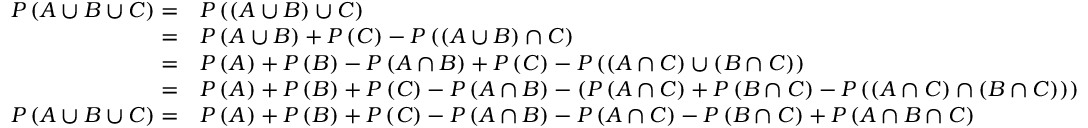
{ \begin{array} { r l } { P \left( A \cup B \cup C \right) = } & { P \left( \left( A \cup B \right) \cup C \right) } \\ { = } & { P \left( A \cup B \right) + P \left( C \right) - P \left( \left( A \cup B \right) \cap C \right) } \\ { = } & { P \left( A \right) + P \left( B \right) - P \left( A \cap B \right) + P \left( C \right) - P \left( \left( A \cap C \right) \cup \left( B \cap C \right) \right) } \\ { = } & { P \left( A \right) + P \left( B \right) + P \left( C \right) - P \left( A \cap B \right) - \left( P \left( A \cap C \right) + P \left( B \cap C \right) - P \left( \left( A \cap C \right) \cap \left( B \cap C \right) \right) \right) } \\ { P \left( A \cup B \cup C \right) = } & { P \left( A \right) + P \left( B \right) + P \left( C \right) - P \left( A \cap B \right) - P \left( A \cap C \right) - P \left( B \cap C \right) + P \left( A \cap B \cap C \right) } \end{array} }